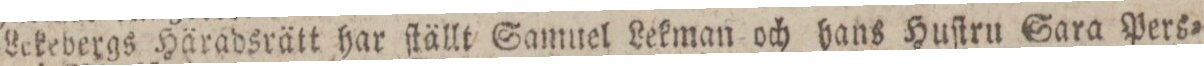
Lekebergs Häradsrätt har ſtällt Samuel Lekman och hans Huſtru Sara Pers=